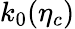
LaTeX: k_{0}(\eta_{c})